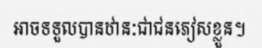
អាចទទួលបានឋានៈជាជនភៀសខ្លួន។